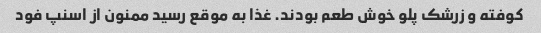
کوفته و زرشک پلو خوش طعم بودند. غذا به موقع رسید ممنون از اسنپ فود